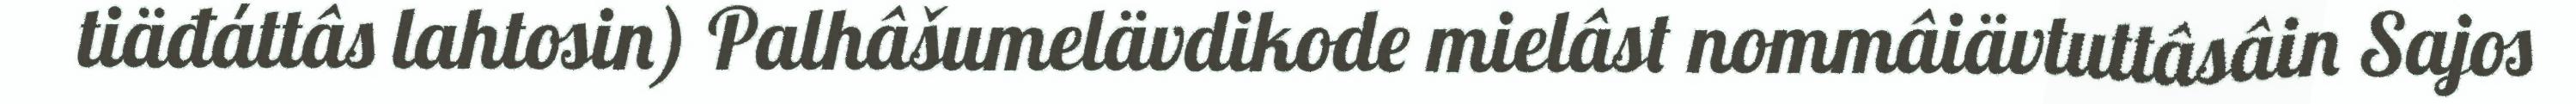
tiäđáttâs lahtosin) Palhâšumelävdikode mielâst nommâiävtuttâsâin Sajos